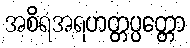
အစိရအရဟတ္တပ္ပတ္တော